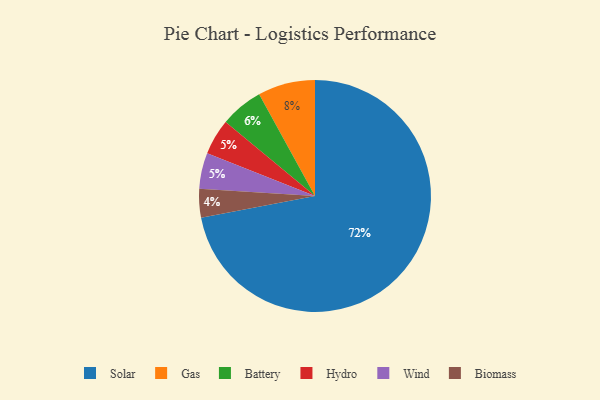
{"axis": {"x": "Category", "y": "Percentage"}, "legend": ["Battery", "Biomass", "Gas", "Hydro", "Solar", "Wind"], "data": [{"x": "Biomass", "y": 4, "type": "Biomass"}, {"x": "Hydro", "y": 5, "type": "Hydro"}, {"x": "Solar", "y": 72, "type": "Solar"}, {"x": "Wind", "y": 5, "type": "Wind"}, {"x": "Gas", "y": 8, "type": "Gas"}, {"x": "Battery", "y": 6, "type": "Battery"}]}